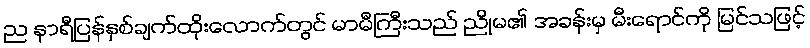
ည နာရီပြန်နှစ်ချက်ထိုးလောက်တွင် မာမီကြီးသည် ညိုမ၏ အခန်းမှ မီးရောင်ကို မြင်သဖြင့်